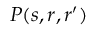
P ( s , r , r ^ { \prime } )